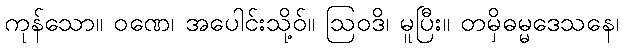
ကုန်သော။ ဝဏေ၊ အပေါင်းသို့ဝ်။ ဩဝဒိ၊ မူပြီး။ တမှိဓမ္မဒေသနေ၊